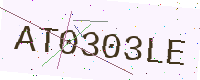
Text: AT0303LE